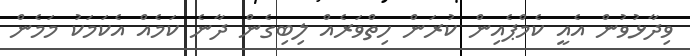
ވިދާޅުވުން އެއީ ކެމްޕެއިން ކުރަން ހިތްވަރެއް ލިބިގެން ދާނެ ކަމެއް އެކަމަކު މަމެން